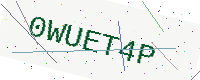
Text: 0WUET4P